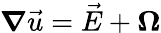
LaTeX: \boldsymbol{\nabla}\vec{u}=\vec{E}+\boldsymbol{\Omega}